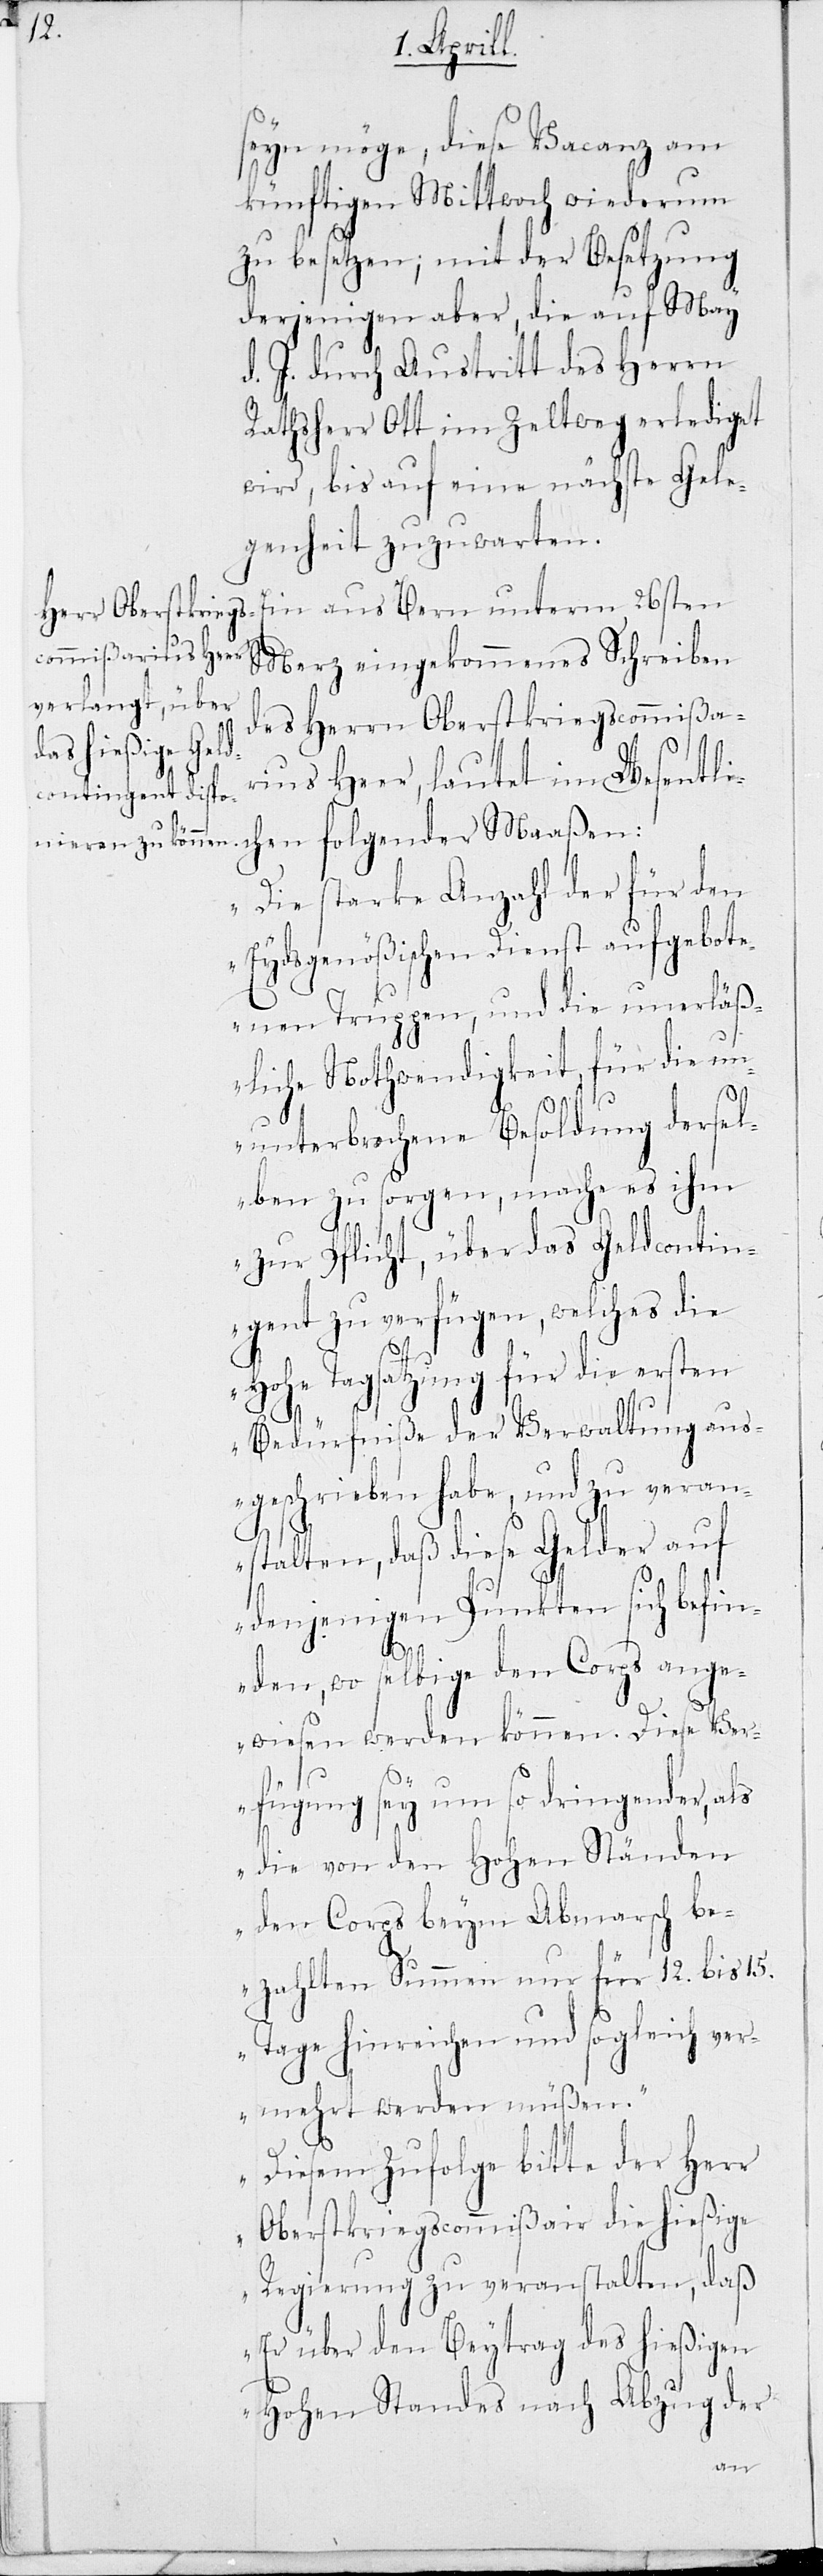
seyn möge, diese Vacanz am
künftigen Mittwoch wiederum
zu besetzen; mit der Besetzung
derjenigen aber, die durch May
d. J. durch Austritt des Herrn
Rathsherr Ott im Zeltweg erlediget
wird, bis auf eine nächste Gele¬
genheit zuzuwarten.
Ein aus Bern unterm 26sten
Merz eingekommenes Schreiben
des Herrn Oberstkriegscommißa¬
rius Heer, lautet im Wesentli¬
ie starke Anzahl der für den
Eydsgenößischen Dienst aufgebot¬
enen Truppen, und die unerläß¬
liche Nothwendigkeit, für die un¬
unterbrochene Besoldung dersel¬
ben zu sorgen, mache es ihm
zur Pflicht, über das Geldcontin¬
gent zu verfügen, welches die
chen
Hohe Tagsatzung für die ersten
Bedürfniße der Verwaltung aus¬
geschrieben habe, und zu veran¬
stalten, daß diese Gelder auf
denjenigen Punkten sich befin¬
„D¬
den, wo selbige den Corps ange¬
wiesen werden können. Diese Ver¬
fügung sey um so dringender, als
die von den Hohen Ständen
den Corps beym Abmarsch be¬
zahlten Summen nur für 12. bis 15.
Tage hinreichen und sogleich ver¬
mehrt werden müßen.
Diesem zufolge bitte der Herr
Oberstkriegscommißair die hießige
Regierung zu veranstalten, daß
Er über den Beytrag des hießigen
Hohen Standes nach Abzug der